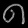
Digit: ၈